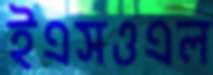
ইএসওএল